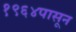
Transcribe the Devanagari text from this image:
१९६४पासून